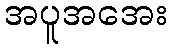
အပူအအေး